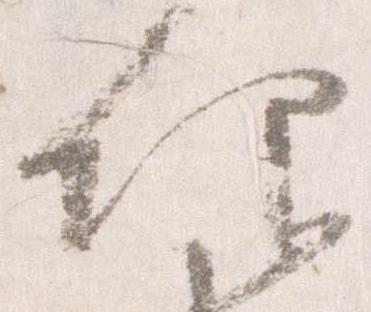
仰